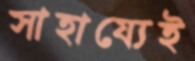
সাহায্যেই